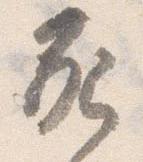
死